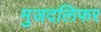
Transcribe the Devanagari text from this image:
मुजदलिफर